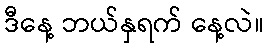
ဒီနေ့ ဘယ်နှရက် နေ့လဲ။